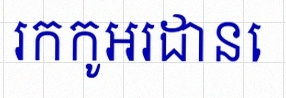
រកកូអរដោនេ